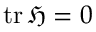
\operatorname { t r } { \mathfrak { H } } = 0